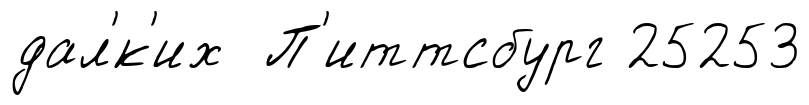
дал'́к'их П'иттсбург 25253